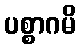
ပစ္စာဂမိ